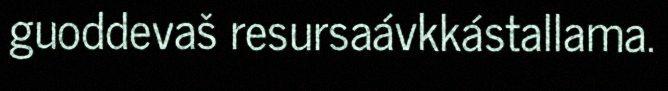
guoddevaš resursaávkkástallama.